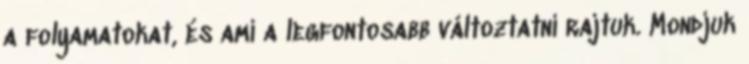
a folyamatokat, és ami a legfontosabb változtatni rajtuk. Mondjuk